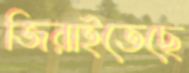
জিরাইতেছে